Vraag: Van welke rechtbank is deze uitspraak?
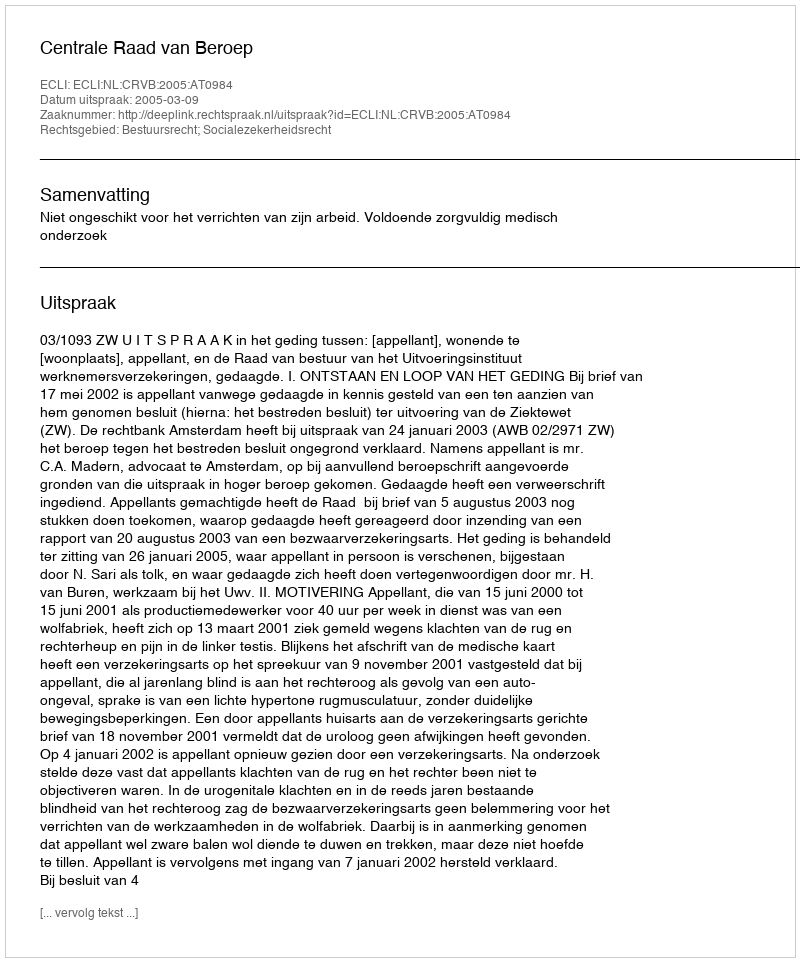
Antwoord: Centrale Raad van Beroep